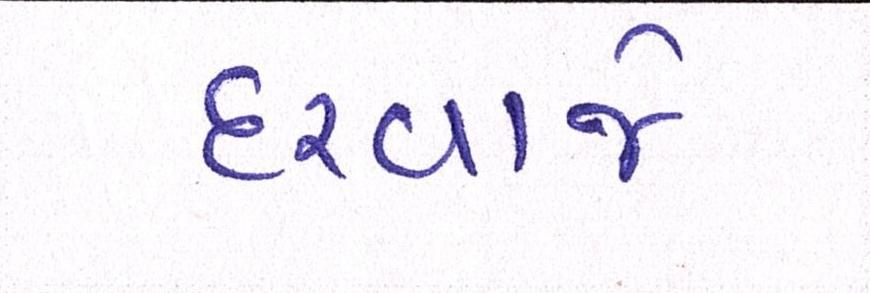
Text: દરવાજે